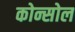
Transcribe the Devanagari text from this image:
कोन्सोल